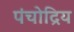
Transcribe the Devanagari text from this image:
पंचोद्रिय